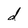
Character: d